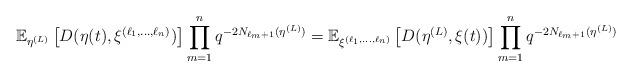
LaTeX: \begin{align*} \mathbb{E}_{\eta^{(L)}}\left[D(\eta(t),\xi^{(\ell_1, \ldots, \ell_n)})\right] \prod_{m=1}^n q^{-2N_{\ell_m +1}(\eta^{(L)})}= \mathbb{E}_{\xi^{(\ell_1, \ldots, \ell_n)}}\left[D(\eta^{(L)},\xi(t))\right] \prod_{m=1}^n q^{-2N_{\ell_m +1}(\eta^{(L)})} \end{align*}